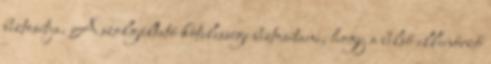
biztosítja. A szolgáltató kötelessége biztosítani, hogy a belső ellenőrző